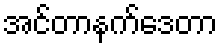
အင်တာနက်ဒေတာ